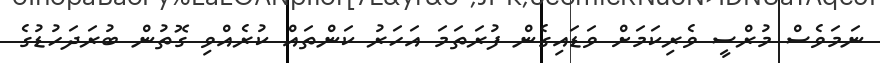
ނަމަވެސް މުރްސީ ވެރިކަމަށް ވަޑައިގެން ފުރަތަމަ އަހަރު ކަންތައް ކުރެއްވި ގޮތުން ބުރަދަހުޑުގެ